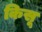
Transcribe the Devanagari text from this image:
किसू